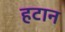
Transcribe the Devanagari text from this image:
हटान